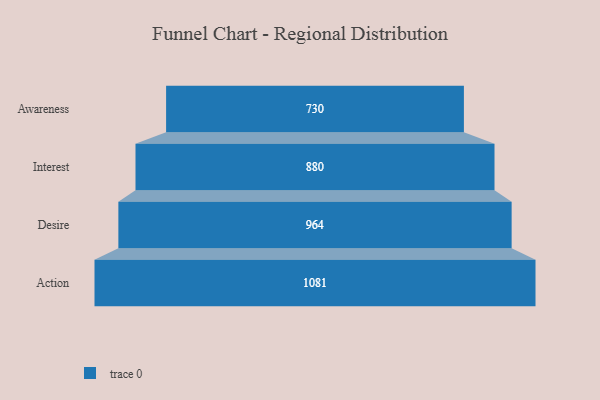
{"axis": {"x": "Stage", "y": "Value"}, "legend": [""], "data": [{"x": "Awareness", "y": 730.0, "type": ""}, {"x": "Interest", "y": 880.0, "type": ""}, {"x": "Desire", "y": 964.0, "type": ""}, {"x": "Action", "y": 1081.0, "type": ""}]}